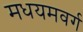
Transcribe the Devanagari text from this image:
मधयमवर्ग